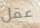
عقل